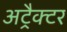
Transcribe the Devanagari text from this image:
अट्रैक्टर